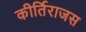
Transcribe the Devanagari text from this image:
कीर्तिराजस